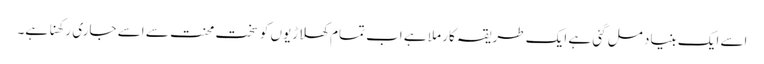
اسے ایک بنیاد مل گئی ہے ایک طریقہ کار ملا ہے اب تمام کھلاڑیوں کو سخت محنت سے اسے جاری رکھنا ہے۔